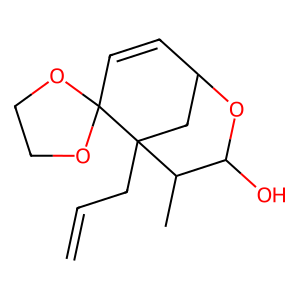
SMILES: C=CCC12CC(C=CC13OCCO3)OC(O)C2C
Inhibits HIV replication: No